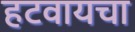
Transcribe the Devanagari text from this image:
हटवायचा